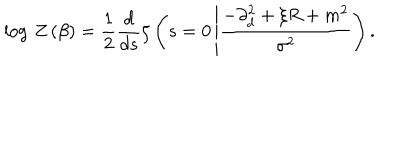
LaTeX: \log \, Z \left( \beta \right) = \frac { 1 } { 2 } \frac { d } { d s } \zeta \left( s = 0 \left| \frac { - \partial _ { d } ^ { 2 } + \xi R + m ^ { 2 } } { \sigma ^ { 2 } } \right. \right) .